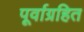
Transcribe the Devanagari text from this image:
पूर्वाग्रहित